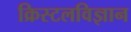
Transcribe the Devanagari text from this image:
क्रिस्टलविज्ञान